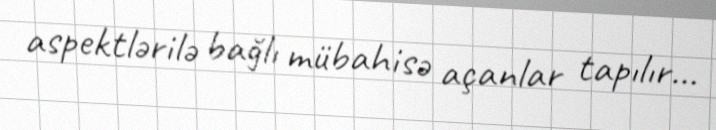
aspektlərilə bağlı mübahisə açanlar tapılır...